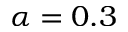
\alpha = 0 . 3